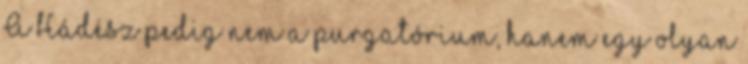
A Hádész pedig nem a purgatórium, hanem egy olyan